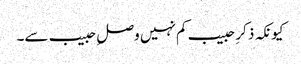
کیونکہ ذکرِ حبیب کم نہیں وصلِ حبیب سے۔